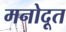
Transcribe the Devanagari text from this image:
मनोदूत